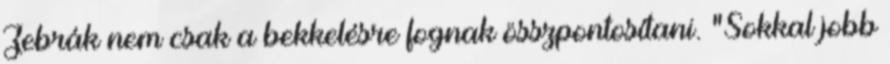
Zebrák nem csak a bekkelésre fognak összpontosítani. "Sokkal jobb